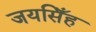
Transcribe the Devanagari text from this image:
जयसिँह